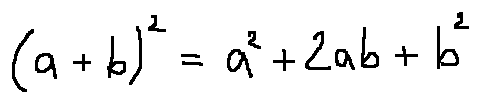
( a + b ) ^ { 2 } = a ^ { 2 } + 2 a b + b ^ { 2 }